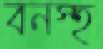
বনস্হ